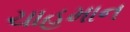
ચાહમાન